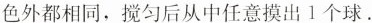
色外都相同，搅匀后从中任意摸出1个球.